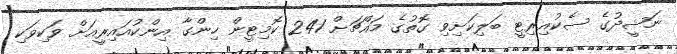
ނަޝީދުގެ ސެކުއިރިޓީ ބަލިކަށިވި ގޮތުގެ މައްޗަށް 241 ކޮމިޓީން ހިންގާ އިންކުއައިރީއަށް ވަކިވަކި